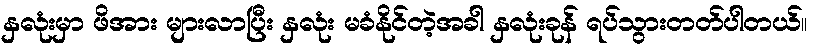
နှလုံးမှာ ဖိအား များလာပြီး နှလုံး မခံနိုင်တဲ့အခါ နှလုံးခုန် ရပ်သွားတတ်ပါတယ်။